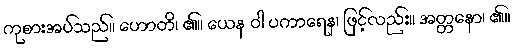
ကုစားအပ်သည်။ ဟောတိ၊ ၏။ ယေန ဝါ ပကာရေန၊ ဖြင့်လည်း။ အတ္တနော၊ ၏။